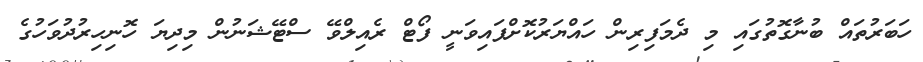
ހަބަރުތައް ބުނާގޮތުގައި މި ދެމަފިރިން ހައްޔަރުކޮށްފައިވަނީ ފޯޓް ރެއިލްވޭ ސްޓޭޝަނުން މިދިޔަ ހޮނިހިރުދުވަހުގެ